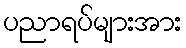
ပညာရပ်များအား